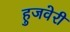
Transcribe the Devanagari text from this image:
हुजवेरी